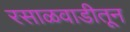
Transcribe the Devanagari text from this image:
रसाळवाडीतून